Scottish Leaving Certificate Examination, 1961
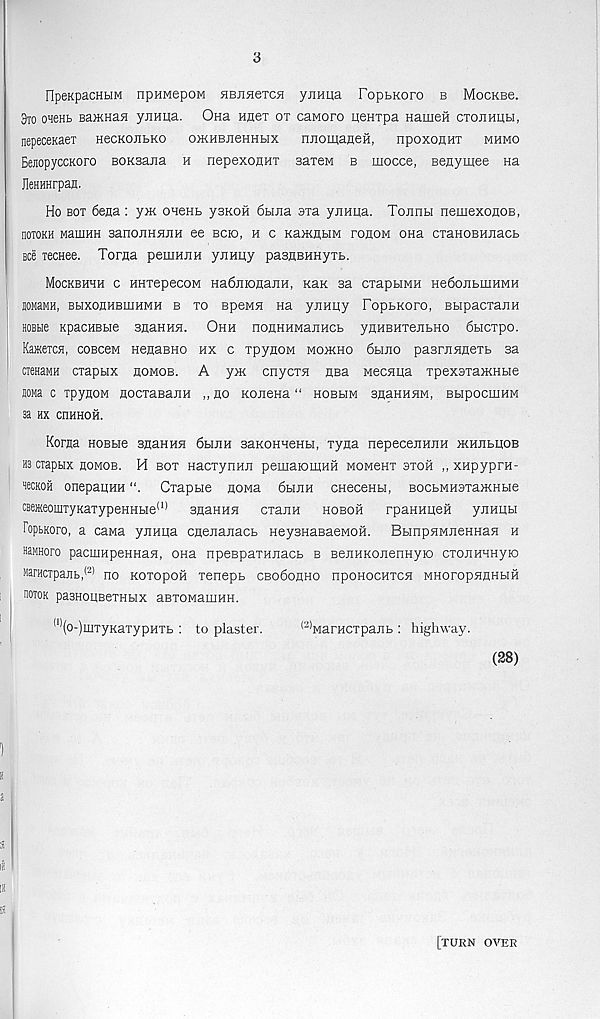
3
FlpeKpacHbiM npimepoM HEJineTca yjinqa FopbKoro b MocKBe.
3to ohchb BajKHaji yjiHqa. Ona Hflei ox caworo qeHxpa Hamen ctojihubi,
nepeceKaex necKOJibKo OHCHBJieHHtix njioinaneH, npoxonax mhmo
BejiopyccKoro BOKsana h nepexoanx saxeM b mocce, Benymee na
JleHHHrpan.
Ho box 6ena: y>K ohchb ysKOH 6bma axa yjinqa. Tojinbi nemexonoB,
hotokh ManiHH sanojiHanH ee bcio, h c KamnfciM xohom ona cxaHOBHJiacb
see xecHee. Toraa peuiHJiH yjinuy pasnBHHyxb.
Mockbhhh c HHxepecoM HafijnonajiH, Kax sa cxapbiMH He6ojibmHMH
souaMH, BbixonHBiUHMH b xo BpeM5i Ha yjiHHy PopbKoro, BbipaCXajIH
HOBbie KpacHBbie anaima. Ohh noHHHMajiHCb ynHBHxenbHO 6bicxpo.
Ka*eTCH, coBcew HenaBHo hx c xpynoM mo>kho 6bino pasrjiHHexb sa
CTenaMH cxapbix homob. A y* cnycxa nsa Mecaqa xpexsxaxiHbie
aoMa c xpyHOM nocxaBajiH ,, no KoneHa “ hobbim snaHHHM, BbipocixiHM
3a HX CI1HHOH.
Korna HOBbie snaHHH 6bmH saxoHHeHbi, xyna nepecenHJiH >KHJibqoB
ns CTaptix homob. H box nacxynHJi pemaiomHH MOMenx bxoh ,, XHpyprH-
moH onepaqHH
Cxapbie nowa 6bijin CHeceHH, BocbMHaxa>KHbie
CBe®eomTyKaxypeHHbie (1) snaHHH cxana hoboh rpaHHiaen yjiHqbi
FopbRoro, a caMa yiiHqa cnenanacb HeysHaBaeMOH. BbinpHMJieHHaH h
HaMHoro pacmHpeHHasi, OHa npespaxHnacb b BejiHKonenHyio cxonHHHyio
MarHCTpajib, (2) no Koxopoft xenepb cbo6ohho npoHocnxcH MHoropswHbm
hotok pasHoqBexHbix aBXOManiHH.
(1) (o-)mxyKaxypqxb : to plaster.
(2) Marqcxpajib : highway.
(28)
[turn over